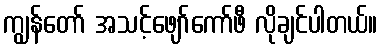
ကျွန်တော် အသင့်ဖျော်ကော်ဖီ လိုချင်ပါတယ်။